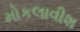
મોકલાવીશ